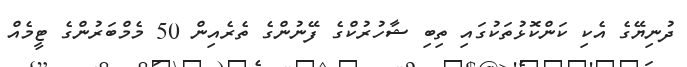
ދުނިޔޭގެ އެކި ކަންކޮޅުތަކުގައި ތިބި ޝާހުރުކްގެ ފޭނުންގެ ތެރެއިން 50 މެމްބަރުންގެ ޓީމެއް